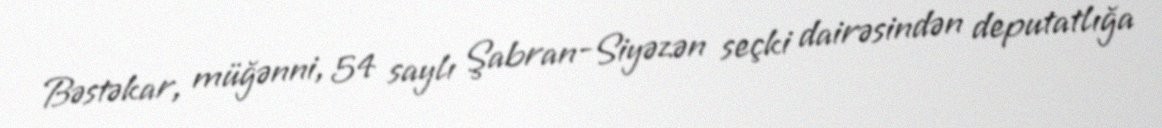
Bəstəkar, müğənni, 54 saylı Şabran-Siyəzən seçki dairəsindən deputatlığa